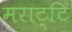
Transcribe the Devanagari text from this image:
मराट्टि